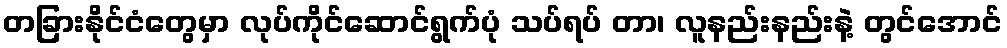
တခြားနိုင်ငံတွေမှာ လုပ်ကိုင်ဆောင်ရွက်ပုံ သပ်ရပ် တာ၊ လူနည်းနည်းနဲ့ တွင်အောင်